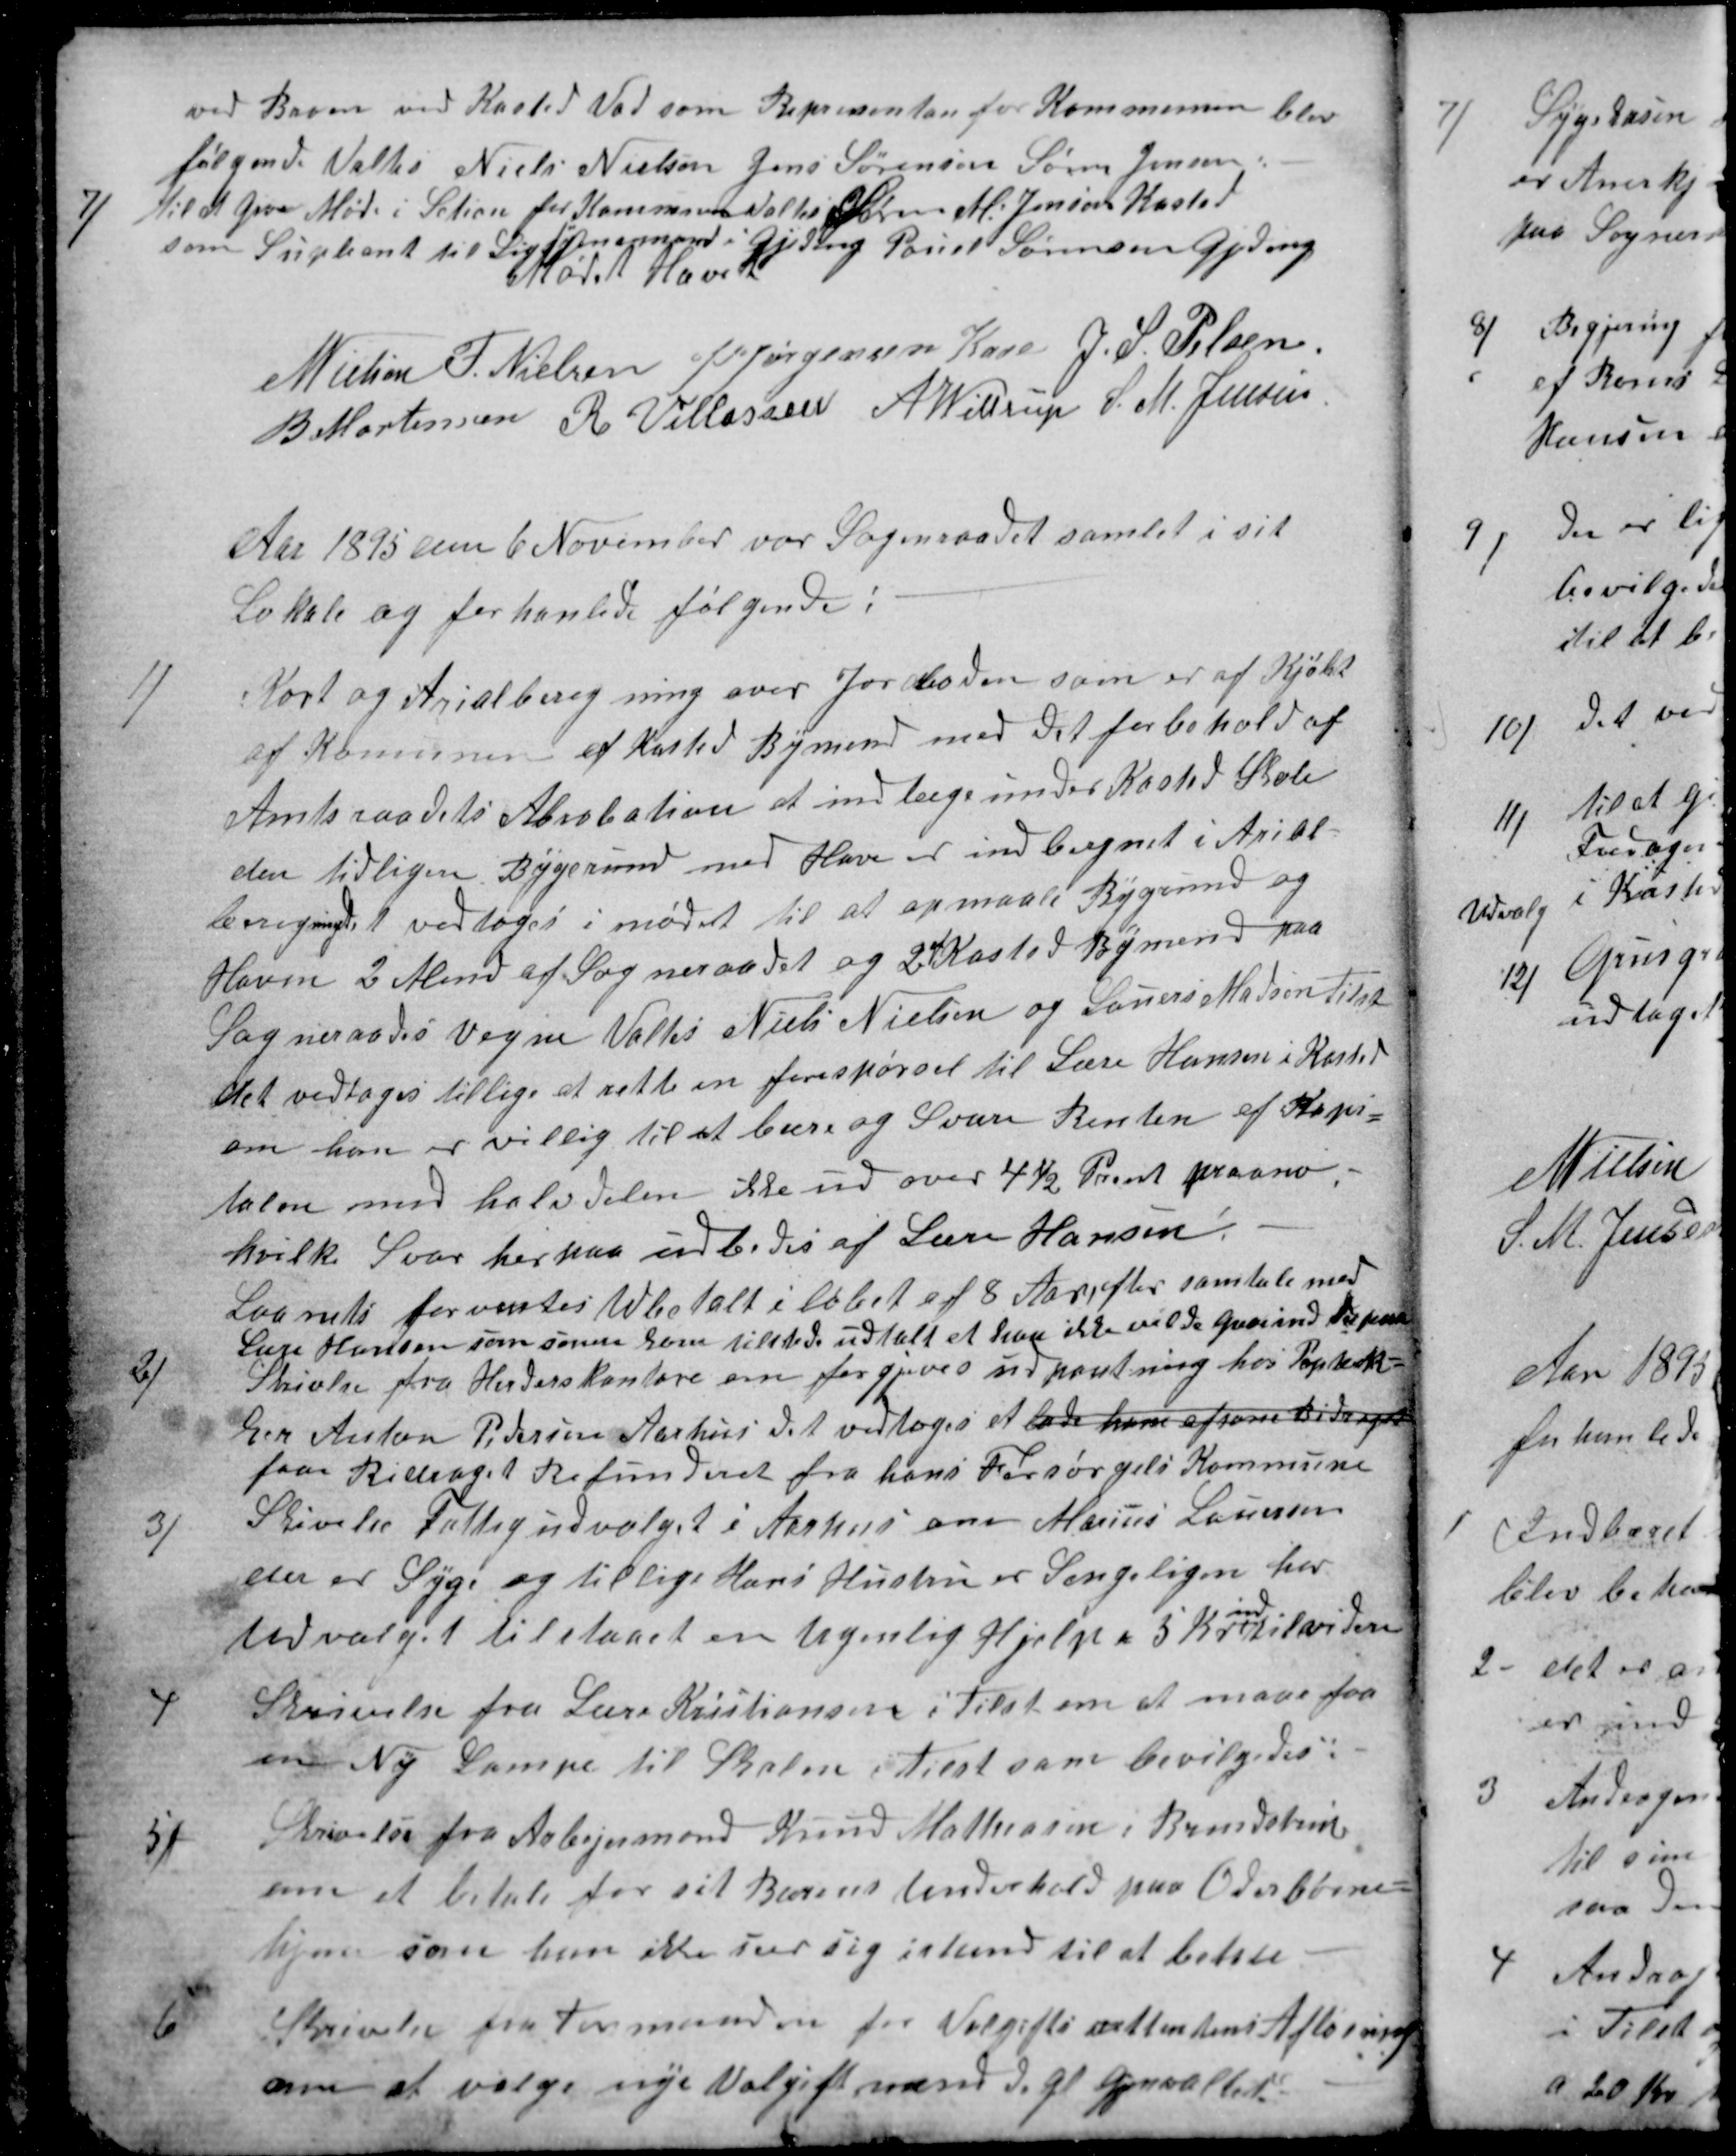
Transskription:
ved Broen ved Kasted Vad som Representan for Kommunen blev
følgende Valtes Niels Nielsen Jens Sørensen Søren Jensen:
7)
Til at Give Møde i Setion for Kommunen Valtes Søren M. Jensen Kasted
som Supleant til Ligsynsmand i Gjeding Pouel Sørensen Gjeding
Mødet Hævet
N Nielsen
F. Nielsen
J P Jørgensen Kaae
J. S. Pelsen
B Mortensen
R. Villassen
A. Wittrup
S. M. Jensen
Aar 1895 den 6 November var Sogneraadet samlet i sit
Lokale og forhanlede følgende:
1)
Kort og Arialberegning over Jordloden som er af Kjøbt
af Komunen af Kasted Bymend med det forbehold af
Amtsraadets Abrobation at indlæge under Kasted Skole
den tidligere Bygerund med Have er indberegnet i Arial-
beregning det vedtoges i mødet til at opmaale Bygrund og
Haven 2 Mend af Sogneraadet og 2 
af
Kasted Bymend paa
Sogneraades Vegne Valtes Niels Nielsen og Lauers Madsen Tilst
det vedtoges tillige at rette en forespørgsel til Lære Hansen i Kasted
om han er villig til at bære og Svare Renten af Kapi=
talen med halvdelen ikke ud over 4½ Procent pro ano,
hvilke Svar herpaa udbedes af Lære Hansen.
Laanets forventes Udbetalt i løbet af 8 Aar efter samtale med
Lære Hansen som senere kom tilstede udtalt at han ikke vilde Gaa ind Paa denne
2)
Skrivelse fra Herderskontore om forgjeves udpantning hos Papdæk-
ker Anton Pedersen Aarhus det vedtoges at lade ham afsone Bidraget
faa Bidraget Refunderet fra hans Forsørgels Kommune
3)
Skivelse Fattigudvalget i Aarhus om Marius Lauersen
der er Syg og tillige Hans Hustru er Sengeligen har
Udvalget tilstaaet en Ugenlig Hjælp a 5 Kr 
ind
til videre
4)
Skrivelse fra Lære Kristiansen i Tilst om at maae faa
en Ny Lampe til Skolen i Tilst som bevilgedes:
5)
Skrivelse fra Arbejsmand Knud Mathiasen i Brendstrup
om at betale for sit Barens Underhold paa Oder børne=
hjem som han ikke ser sig istand til at betale
6)
Skrivelse fra Formanden for Volgiftsrettentens Afløsning
om at vælge nye Volgiftmend de gl. Gjenvaltes.